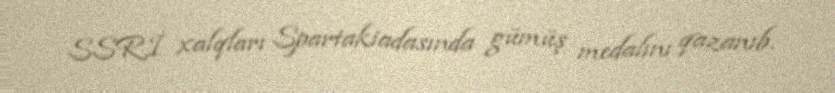
SSRİ xalqları Spartakiadasında gümüş medalını qazanıb.